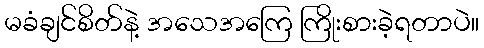
မခံချင်စိတ်နဲ့ အသေအကြေ ကြိုးစားခဲ့ရတာပဲ။